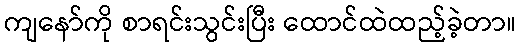
ကျနော်ကို စာရင်းသွင်းပြီး ထောင်ထဲထည့်ခဲ့တာ။